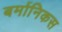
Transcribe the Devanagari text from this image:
बर्मानिकस